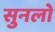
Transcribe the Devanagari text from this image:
सुनलो